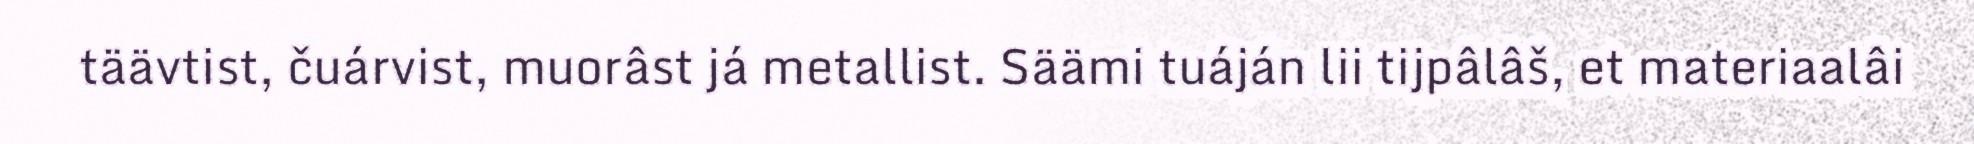
täävtist, čuárvist, muorâst já metallist. Säämi tuáján lii tijpâlâš, et materiaalâi